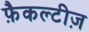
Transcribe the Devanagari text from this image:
फ़ैकल्टीज़